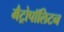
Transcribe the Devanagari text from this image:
मैट्रोपॉलिटन